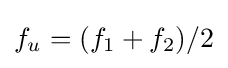
f_{u}=(f_{1}+f_{2})/2